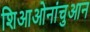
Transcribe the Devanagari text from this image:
शिआओनांचुआन